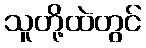
သူတို့ထဲတွင်